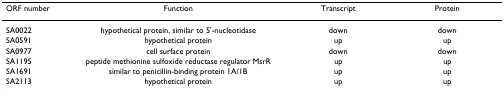
<table><thead><tr><td><b>ORF number</b></td><td><b>Function</b></td><td><b>Transcript</b></td><td><b>Protein</b></td></tr></thead><tbody><tr><td>SA0022</td><td>hypothetical protein, similar to 5&#x27;-nucleotidase</td><td>down</td><td>down</td></tr><tr><td>SA0591</td><td>hypothetical protein</td><td>up</td><td>up</td></tr><tr><td>SA0977</td><td>cell surface protein</td><td>down</td><td>down</td></tr><tr><td>SA1195</td><td>peptide methionine sulfoxide reductase regulator MsrR</td><td>up</td><td>up</td></tr><tr><td>SA1691</td><td>similar to penicillin-binding protein 1A/1B</td><td>up</td><td>up</td></tr><tr><td>SA2113</td><td>hypothetical protein</td><td>up</td><td>up</td></tr></tbody></table>